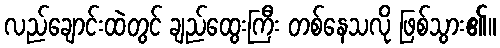
လည်ချောင်းထဲတွင် ချည်ထွေးကြီး တစ်နေသလို ဖြစ်သွား၏။